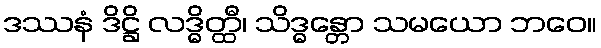
ဒဿနံ ဒိဋ္ဌိ လဒ္ဓိတ္ထီ၊ သိဒ္ဓန္တော သမယော ဘဝေ။